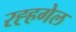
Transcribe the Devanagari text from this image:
रह्हगेल